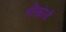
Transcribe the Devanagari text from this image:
गोसार्ड